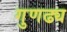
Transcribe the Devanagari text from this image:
गुणढ्य